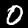
Label: 0